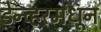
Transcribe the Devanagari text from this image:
डेन्व्हरमधून